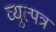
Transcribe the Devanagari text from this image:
व्युत्पत्र